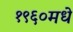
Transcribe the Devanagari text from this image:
१९६०मधे